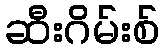
ဆီးဂိမ်းစ်